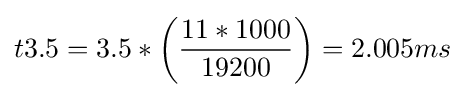
t3.5=3.5*\left({\frac {11*1000}{19200}}\right)=2.005ms